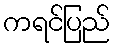
ကရင်ပြည်